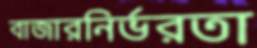
বাজারনির্ভরতা